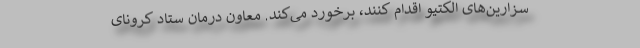
سزارین‌های الکتیو اقدام کنند، برخورد می‌کند. معاون درمان ستاد کرونای